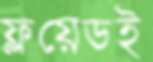
ফ্লয়েডই